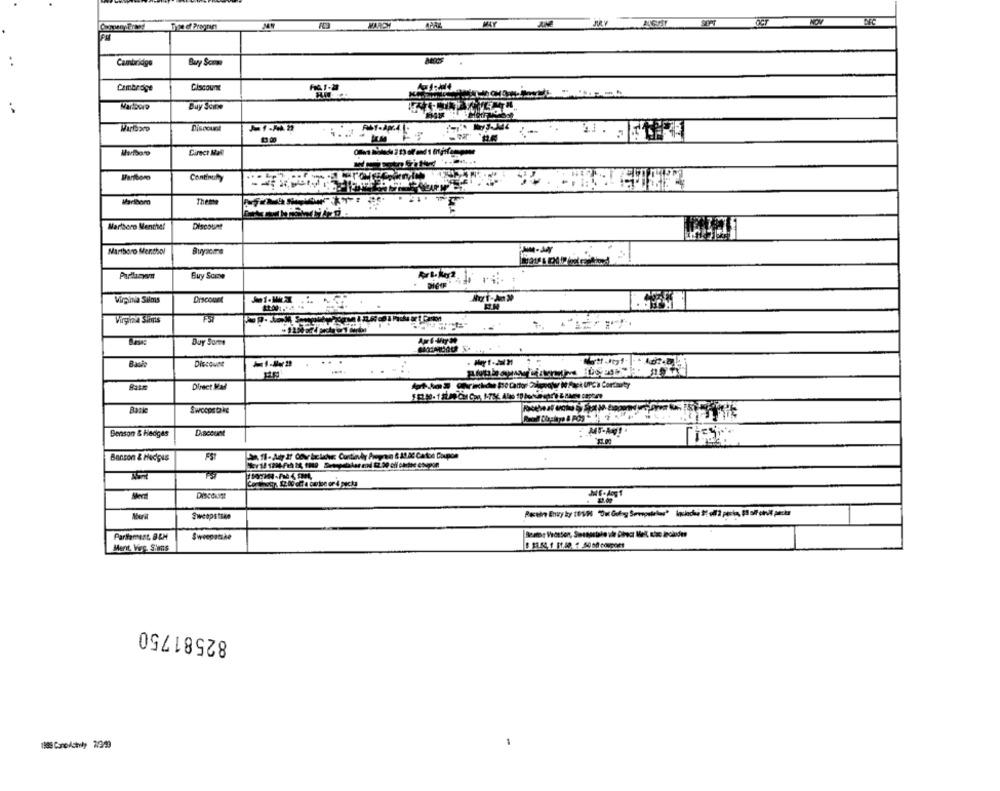
MAY
SEPT
MUY
Cambridge
Buy Scom
Cambroge
Ciscount
Buy Seine
Discount
Direct Mal
Continuty
Marlboro
Theme
Marlboro Menthet
Discount
Martboro Menthol
Buyseire
-- -
Buy Some
Virginia Silms
Discount
Virginia Slims
Buy Some
Discount
RILE
Direct Mal
Swoopstake
Benson & Hedges
D.acount
MI-AI
Benson & Hedges
Cortnoty, 12. 00 off a carbon or 4 packs
DISCOLISE
Sweepstrae
Parlament. @&M
Sweepatshe
Rostos Veceson, Swenostale vle Direct Meft, Bic includes
Merit Virg. Sims
82581750
1988 Carolchily 2099